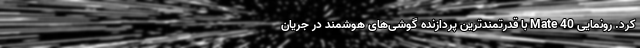
کرد. رونمایی Mate 40 با قدرتمندترین پردازنده گوشی‌های هوشمند در جریان